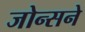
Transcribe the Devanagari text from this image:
जोन्सने